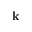
\mathbf { k }